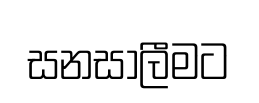
සනසාලීමට